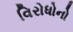
વિરોધોનો